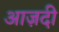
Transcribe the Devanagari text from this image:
आज़दी